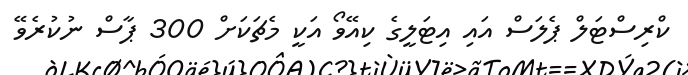
ކްރިސްޓަލް ޕެލަސް އައި އިޓަލީގެ ކިއޭވޯ އަކީ މެޗަކަށް 300 ޕާސް ނުކުރެވޭ